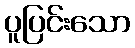
ပူပြင်းသော